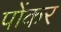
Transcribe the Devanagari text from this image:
पोंकर